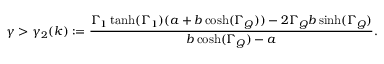
\gamma > \gamma _ { 2 } ( k ) : = \frac { \Gamma _ { 1 } \operatorname { t a n h } ( \Gamma _ { 1 } ) ( a + b \cosh ( \Gamma _ { Q } ) ) - 2 \Gamma _ { Q } b \sinh ( \Gamma _ { Q } ) } { b \cosh ( \Gamma _ { Q } ) - a } .